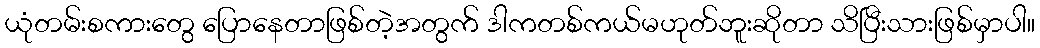
ယုံတမ်းစကားတွေ ပြောနေတာဖြစ်တဲ့အတွက် ဒါကတစ်ကယ်မဟုတ်ဘူးဆိုတာ သိပြီးသားဖြစ်မှာပါ။